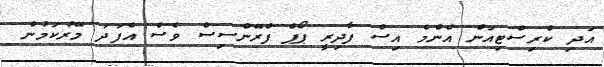
އަދި ކްރިސްޓިއަން އެންމެ އިސް ފާދިރީ ޕޯޕް ފްރޭންސިސް ވެސް އެފަދަ މޭރުކަމުން